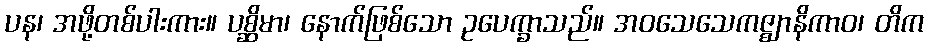
ပန၊ အဖို့တစ်ပါးကား။ ပစ္ဆိမာ၊ နောက်ဖြစ်သော ဥပေက္ခာသည်။ အဝသေသေကဇ္ဈာနိကာဝ၊ တိက